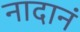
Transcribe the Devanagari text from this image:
नादानं